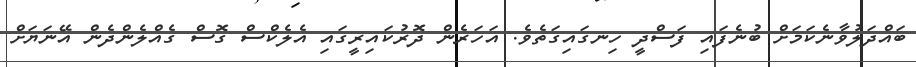
ބައްދަލުވާނެކަމަށް ބުނެފައި ފަސްދީ ހިނގައިގަތެވެ. އަހަރެން ދޮރުކައިރީގައި އެލެކްސް ގޮސް ގެއްލެންދެން އޭނަޔަށް